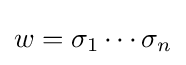
w=\sigma _{1}\cdots \sigma _{n}